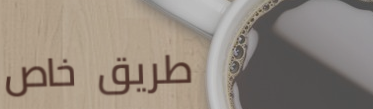
طريق خاص